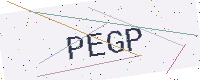
Text: PEGP